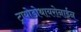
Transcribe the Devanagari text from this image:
ट्रायोडोथायरोनाईन